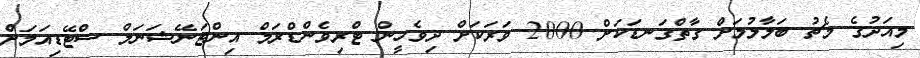
މިއަދުގެ މެޗު ބަލާލުމަށް ގާތްގަނޑަކަށް 2000 ވަރަކަށް ދިވެހީން ޓްރިވެންޑްރަމް އިންޓަނޭޝަނަލް ސްޓޭޑިއަމަށް